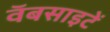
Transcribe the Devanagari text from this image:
वॅबसाइटें